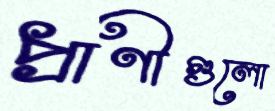
প্রাণীগুলো